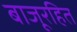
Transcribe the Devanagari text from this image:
बाजूरहित